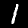
Label: 1